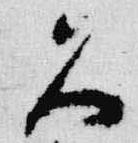
久